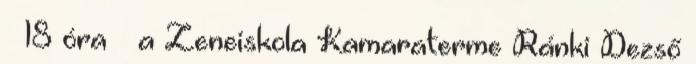
– 18 óra – a Zeneiskola Kamaraterme Ránki Dezső